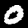
Label: 0